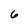
Character: 6